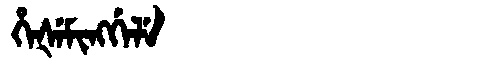
Manchu: ᡥᡝᡧᡝᠮᡳᠩᡤᡝᠯᡝ
Romanization: HEŠEMINGGELE